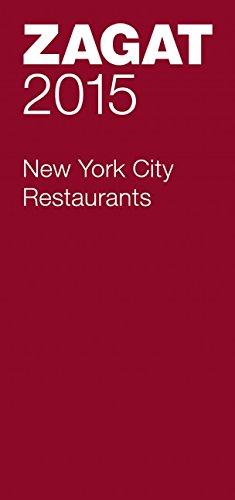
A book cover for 2015 New York City Restaurants (Zagat Survey New York City Restaurants); Travel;